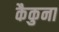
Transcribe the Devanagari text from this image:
कैकुना